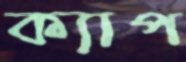
ক্যাপ